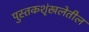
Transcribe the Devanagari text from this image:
पुस्तकशृंखलेतील